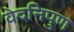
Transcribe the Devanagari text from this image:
वेदनिपुण